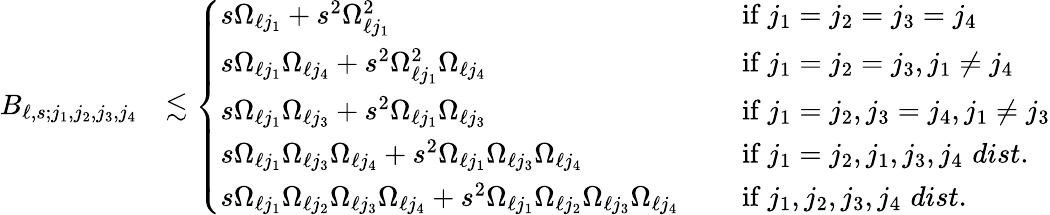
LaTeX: \begin{array}{rl}{B_{\ell,s;j_{1},j_{2},j_{3},j_{4}}}&{\lesssim\left\{ \begin{array}{ll}{s\Omega_{\ell j_{1}}+s^{2}\Omega_{\ell j_{1}}^{2}}&{\quad\mathrm{~if~}j_{1}=j_{2}=j_{3}=j_{4}}\\ {s\Omega_{\ell j_{1}}\Omega_{\ell j_{4}}+s^{2}\Omega_{\ell j_{1}}^{2}\Omega_{\ell j_{4}}}&{\quad\mathrm{~if~}j_{1}=j_{2}=j_{3},j_{1}\neq j_{4}}\\ {s\Omega_{\ell j_{1}}\Omega_{\ell j_{3}}+s^{2}\Omega_{\ell j_{1}}\Omega_{\ell j_{3}}}&{\quad\mathrm{~if~}j_{1}=j_{2},j_{3}=j_{4},j_{1}\neq j_{3}}\\ {s\Omega_{\ell j_{1}}\Omega_{\ell j_{3}}\Omega_{\ell j_{4}}+s^{2}\Omega_{\ell j_{1}}\Omega_{\ell j_{3}}\Omega_{\ell j_{4}}}&{\quad\mathrm{~if~}j_{1}=j_{2},j_{1},j_{3},j_{4}\, \, dist.}\\ {s\Omega_{\ell j_{1}}\Omega_{\ell j_{2}}\Omega_{\ell j_{3}}\Omega_{\ell j_{4}}+s^{2}\Omega_{\ell j_{1}}\Omega_{\ell j_{2}}\Omega_{\ell j_{3}}\Omega_{\ell j_{4}}}&{\quad\mathrm{~if~}j_{1},j_{2},j_{3},j_{4}\, \, dist.}\end{array}\right.}\end{array}